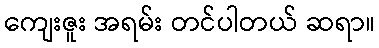
ကျေးဇူး အရမ်း တင်ပါတယ် ဆရာ။